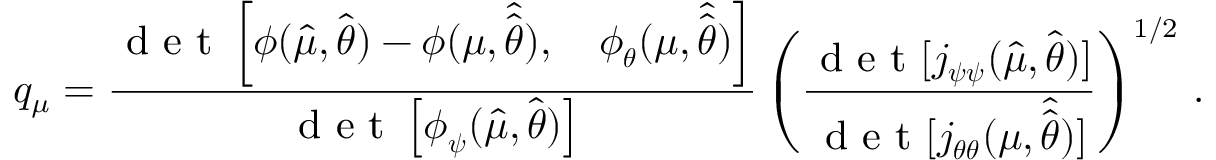
\small q _ { \mu } = \frac { \mathrm { ~ d ~ e ~ t ~ } \left[ \boldsymbol { \phi } ( \hat { \mu } , \hat { \boldsymbol { \theta } } ) - \boldsymbol { \phi } ( \mu , \hat { \hat { \boldsymbol { \theta } } } ) , \quad \boldsymbol { \phi } _ { \boldsymbol { \theta } } ( \mu , \hat { \hat { \boldsymbol { \theta } } } ) \right] } { \mathrm { ~ d ~ e ~ t ~ } \left[ \boldsymbol { \phi } _ { \boldsymbol { \psi } } ( \hat { \mu } , \hat { \boldsymbol { \theta } } ) \right] } \left( \frac { \mathrm { ~ d ~ e ~ t ~ } [ j _ { \boldsymbol { \psi } \boldsymbol { \psi } } ( \hat { \mu } , \hat { \boldsymbol { \theta } } ) ] } { \mathrm { ~ d ~ e ~ t ~ } [ j _ { \boldsymbol { \theta } \boldsymbol { \theta } } ( \mu , \hat { \hat { \boldsymbol { \theta } } } ) ] } \right) ^ { 1 / 2 } \, .